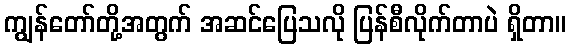
ကျွန်တော်တို့အတွက် အဆင်ပြေသလို ပြန်စီလိုက်တာပဲ ရှိတာ။